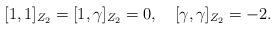
LaTeX: \begin{align*}\lbrack 1,1 \rbrack_{Z_2}= \lbrack 1,\gamma \rbrack_{Z_2}=0,\quad\lbrack \gamma,\gamma \rbrack_{Z_2}=-2.\end{align*}